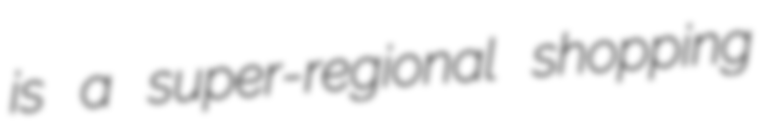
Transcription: is a super-regional shopping